Indian journal of veterinary science and animal husbandry - Volumes 18-21, 1948-1951
Year: 1948
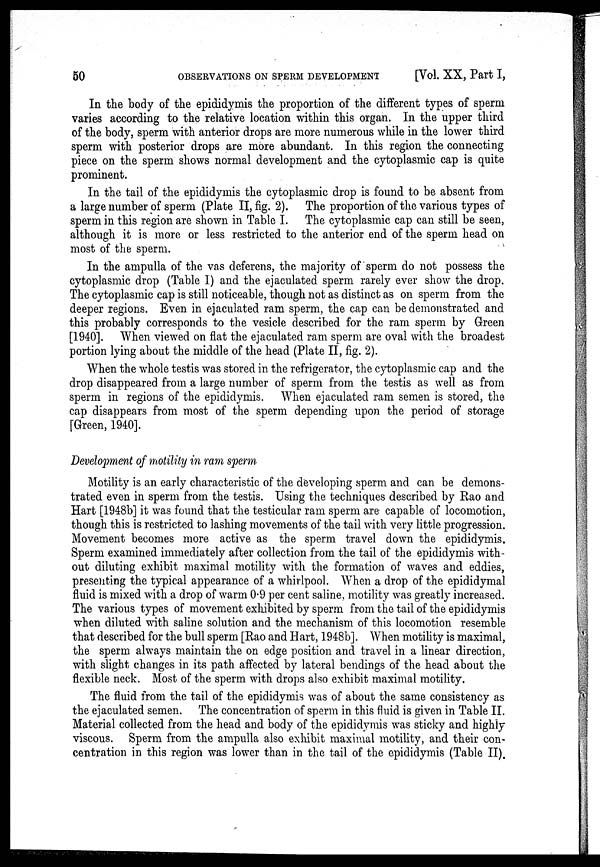
50
OBSERVATIONS ON SPERM DEVELOPMENT
[Vol. XX, Part I,
In the body of the epididymis the proportion of the different types of sperm
varies according to the relative location within this organ. In the upper third
of the body, sperm with anterior drops are more numerous while in the lower third
sperm with posterior drops are more abundant. In this region the connecting
piece on the sperm shows normal development and the cytoplasmic cap is quite
prominent.
In the tail of the epididymis the cytoplasmic drop is found to be absent from
a large number of sperm (Plate II, fig. 2). The proportion of the various types of
sperm in this region are shown in Table I. The cytoplasmic cap can still be seen,
although it is more or less restricted to the anterior end of the sperm head on
most of the sperm.
In the ampulla of the vas deferens, the majority of sperm do not possess the
cytoplasmic drop (Table I) and the ejaculated sperm rarely ever show the drop.
The cytoplasmic cap is still noticeable, though not as distinct as on sperm from the
deeper regions. Even in ejaculated ram sperm, the cap can be demonstrated and
this probably corresponds to the vesicle described for the ram sperm by Green
[1940]. When viewed on flat the ejaculated ram sperm are oval with the broadest
portion lying about the middle of the head (Plate II, fig. 2).
When the whole testis was stored in the refrigerator, the cytoplasmic cap and the
drop disappeared from a large number of sperm from the testis as well as from
sperm in regions of the epididymis. When ejaculated ram semen is stored, the
cap disappears from most of the sperm depending upon the period of storage
[Green, 1940].
Development of motility in ram sperm
Motility is an early characteristic of the developing sperm and can be demons-
trated even in sperm from the testis. Using the techniques described by Rao and
Hart [1948b] it was found that the testicular ram sperm are capable of locomotion,
though this is restricted to lashing movements of the tail with very little progression.
Movement becomes more active as the sperm travel down the epididymis.
Sperm examined immediately after collection from the tail of the epididymis with-
out diluting exhibit maximal motility with the formation of waves and eddies,
presenting the typical appearance of a whirlpool. When a drop of the epididymal
fluid is mixed with a drop of warm 0.9 per cent saline, motility was greatly increased.
The various types of movement exhibited by sperm from the tail of the epididymis
when diluted with saline solution and the mechanism of this locomotion resemble
that described for the bull sperm [Rao and Hart, 1948b]. When motility is maximal,
the sperm always maintain the on edge position and travel in a linear direction,
with slight changes in its path affected by lateral bendings of the head about the
flexible neck. Most of the sperm with drops also exhibit maximal motility.
The fluid from the tail of the epididymis was of about the same consistency as
the ejaculated semen. The concentration of sperm in this fluid is given in Table II.
Material collected from the head and body of the epididymis was sticky and highly
viscous. Sperm from the ampulla also exhibit maximal motility, and their con-
centration in this region was lower than in the tail of the epididymis (Table II).